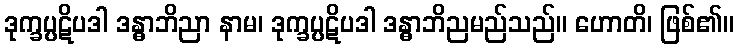
ဒုက္ခပ္ပဋိပဒါ ဒန္ဓာဘိညာ နာမ၊ ဒုက္ခပ္ပဋိပဒါ ဒန္ဓာဘိညမည်သည်။ ဟောတိ၊ ဖြစ်၏။